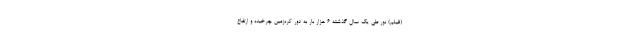
(فیلم) نور طی یک سال گذشته ۶ هزار بار به دور کره‌زمین چرخیده و ارتفاع